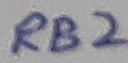
Text: RB2